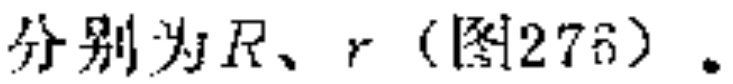
分别为\(R、r\)（图276）.